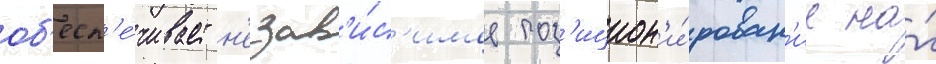
об'есп'е́чивает н'езав'и́с'имое поз'ицион'и́рован'ие на́